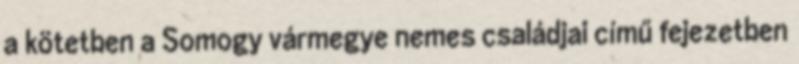
a kötetben a Somogy vármegye nemes családjai című fejezetben